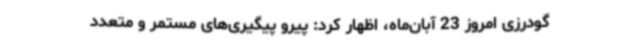
گودرزی امروز 23 آبان‌ماه، اظهار کرد: پیرو پیگیری‌های مستمر و متعدد